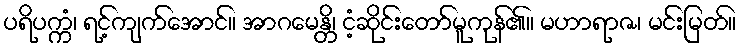
ပရိပက္ကံ၊ ရင့်ကျက်အောင်။ အာဂမေန္တိ၊ ငံ့ဆိုင်းတော်မူကုန်၏။ မဟာရာဇ၊ မင်းမြတ်။